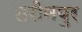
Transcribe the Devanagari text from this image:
तरीनपुर